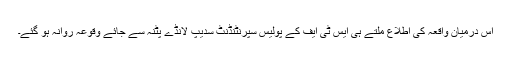
اس درمیان واقعہ کی اطلاع ملتے ہی ایس ٹی ایف کے پولیس سپرنٹنڈنٹ سدیپ لانڈے پٹنہ سے جائے وقوعہ روانہ ہو گئے۔